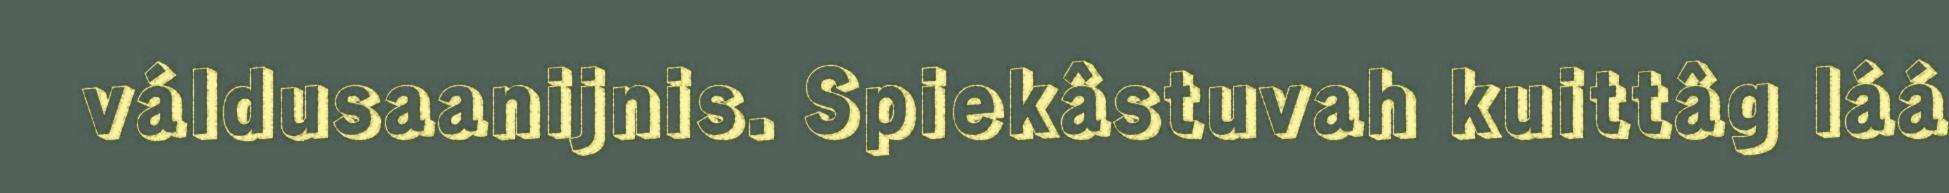
váldusaanijnis. Spiekâstuvah kuittâg láá